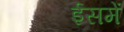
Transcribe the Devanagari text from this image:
ईसमें